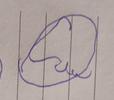
Signature authenticity: forged